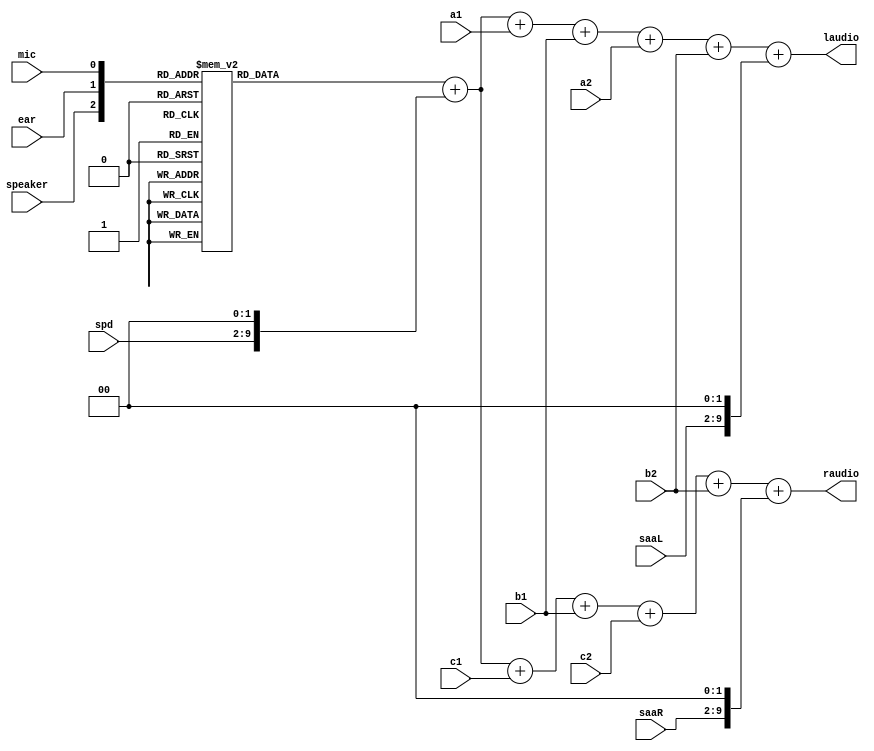
//-------------------------------------------------------------------------------------------------
module audio
//-------------------------------------------------------------------------------------------------
(
	input  wire      speaker,
	input  wire      mic,
	input  wire      ear,

	input  wire[7:0] spd,

	input  wire[7:0] a1,
	input  wire[7:0] b1,
	input  wire[7:0] c1,
	input  wire[7:0] a2,
	input  wire[7:0] b2,
	input  wire[7:0] c2,

	input  wire[7:0] saaL,
	input  wire[7:0] saaR,

	output wire[9:0] laudio,
	output wire[9:0] raudio
);
//-------------------------------------------------------------------------------------------------

reg[7:0] ula;
always @(*) case({ speaker, ear, mic })
	0: ula <= 8'h00;
	1: ula <= 8'h24;
	2: ula <= 8'h40;
	3: ula <= 8'h64;
	4: ula <= 8'hB8;
	5: ula <= 8'hC0;
	6: ula <= 8'hF8;
	7: ula <= 8'hFF;
endcase

//-------------------------------------------------------------------------------------------------

assign laudio = { 2'b00, ula } + { spd, 2'b00 } + { 2'b00, a1 } + { 2'b00, b1 } + { 2'b00, a2 } + { 2'b00, b2 } + { saaL, 2'b00 };
assign raudio = { 2'b00, ula } + { spd, 2'b00 } + { 2'b00, c1 } + { 2'b00, b1 } + { 2'b00, c2 } + { 2'b00, b2 } + { saaR, 2'b00 };

//-------------------------------------------------------------------------------------------------
endmodule
//-------------------------------------------------------------------------------------------------